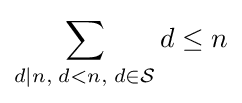
\sum _{d\mid n,\;d<n,\;d\in {\mathcal {S}}}d\leq n